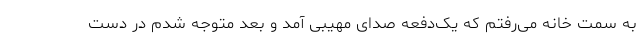
به سمت خانه می‌رفتم که یک‌دفعه صدای مهیبی آمد و بعد متوجه شدم در دست